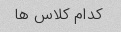
کدام کلاس ها